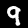
Digit: 9